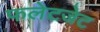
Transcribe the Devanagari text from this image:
फलेटजेट